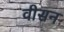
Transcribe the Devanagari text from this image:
वीसन